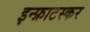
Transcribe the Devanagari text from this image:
इन्फ्राटस्कर